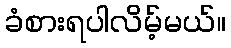
ခံစားရပါလိမ့်မယ်။